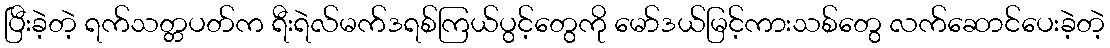
ပြီးခဲ့တဲ့ ရက်သတ္တပတ်က ရီးရဲလ်မက်ဒရစ်ကြယ်ပွင့်တွေကို မော်ဒယ်မြင့်ကားသစ်တွေ လက်ဆောင်ပေးခဲ့တဲ့